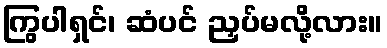
ကြွပါရှင်၊ ဆံပင် ညှပ်မလို့လား။